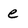
Character: e